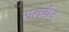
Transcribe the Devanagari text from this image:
सलवीन